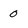
Character: 0